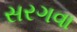
સરગવા